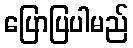
ပြောပြပါမည်